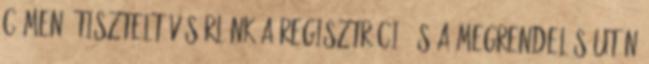
címen. Tisztelt vásárlónk a regisztráció és a megrendelés után